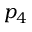
p _ { 4 }